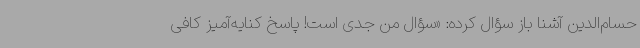
حسام‌الدین آشنا باز سؤال کرده: «سؤال من جدی است! پاسخ کنایه‌آمیز کافی